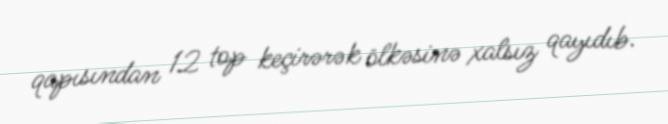
qapısından 12 top keçirərək ölkəsinə xalsız qayıdıb.